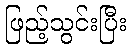
ဖြည့်သွင်းပြီး